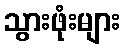
သွားဖုံးများ